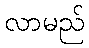
လာမည်